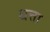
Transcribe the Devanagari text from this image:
धत्ता